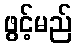
ဖွင့်မည်